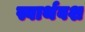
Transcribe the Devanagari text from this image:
स्वार्थवश